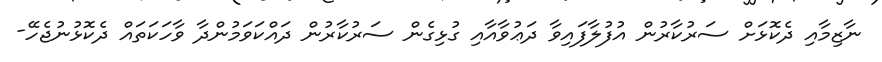
ނާޒިމާއި ދެކޮޅަށް ސަރުކާރުން އުފުލާފައިވާ ދަޢުވާއާއި ގުޅިގެން ސަރުކާރުން ދައްކަވަމުންދާ ވާހަކަތައް ދެކޮޅުނުޖެހޭ-